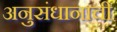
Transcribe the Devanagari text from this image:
अनुसंधानाची